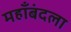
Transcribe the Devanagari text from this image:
महाँबंदला